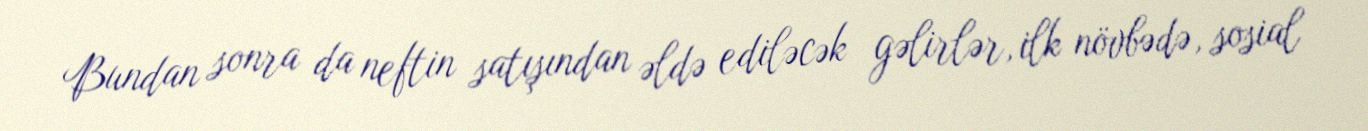
Bundan sonra da neftin satışından əldə ediləcək gəlirlər, ilk növbədə, sosial